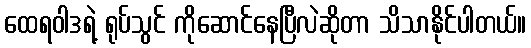
ထေရဝါဒရဲ့ ရုပ်သွင် ကိုဆောင်နေပြီလဲဆိုတာ သိသာနိုင်ပါတယ်။